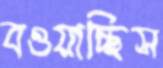
বওয়াচ্ছিস